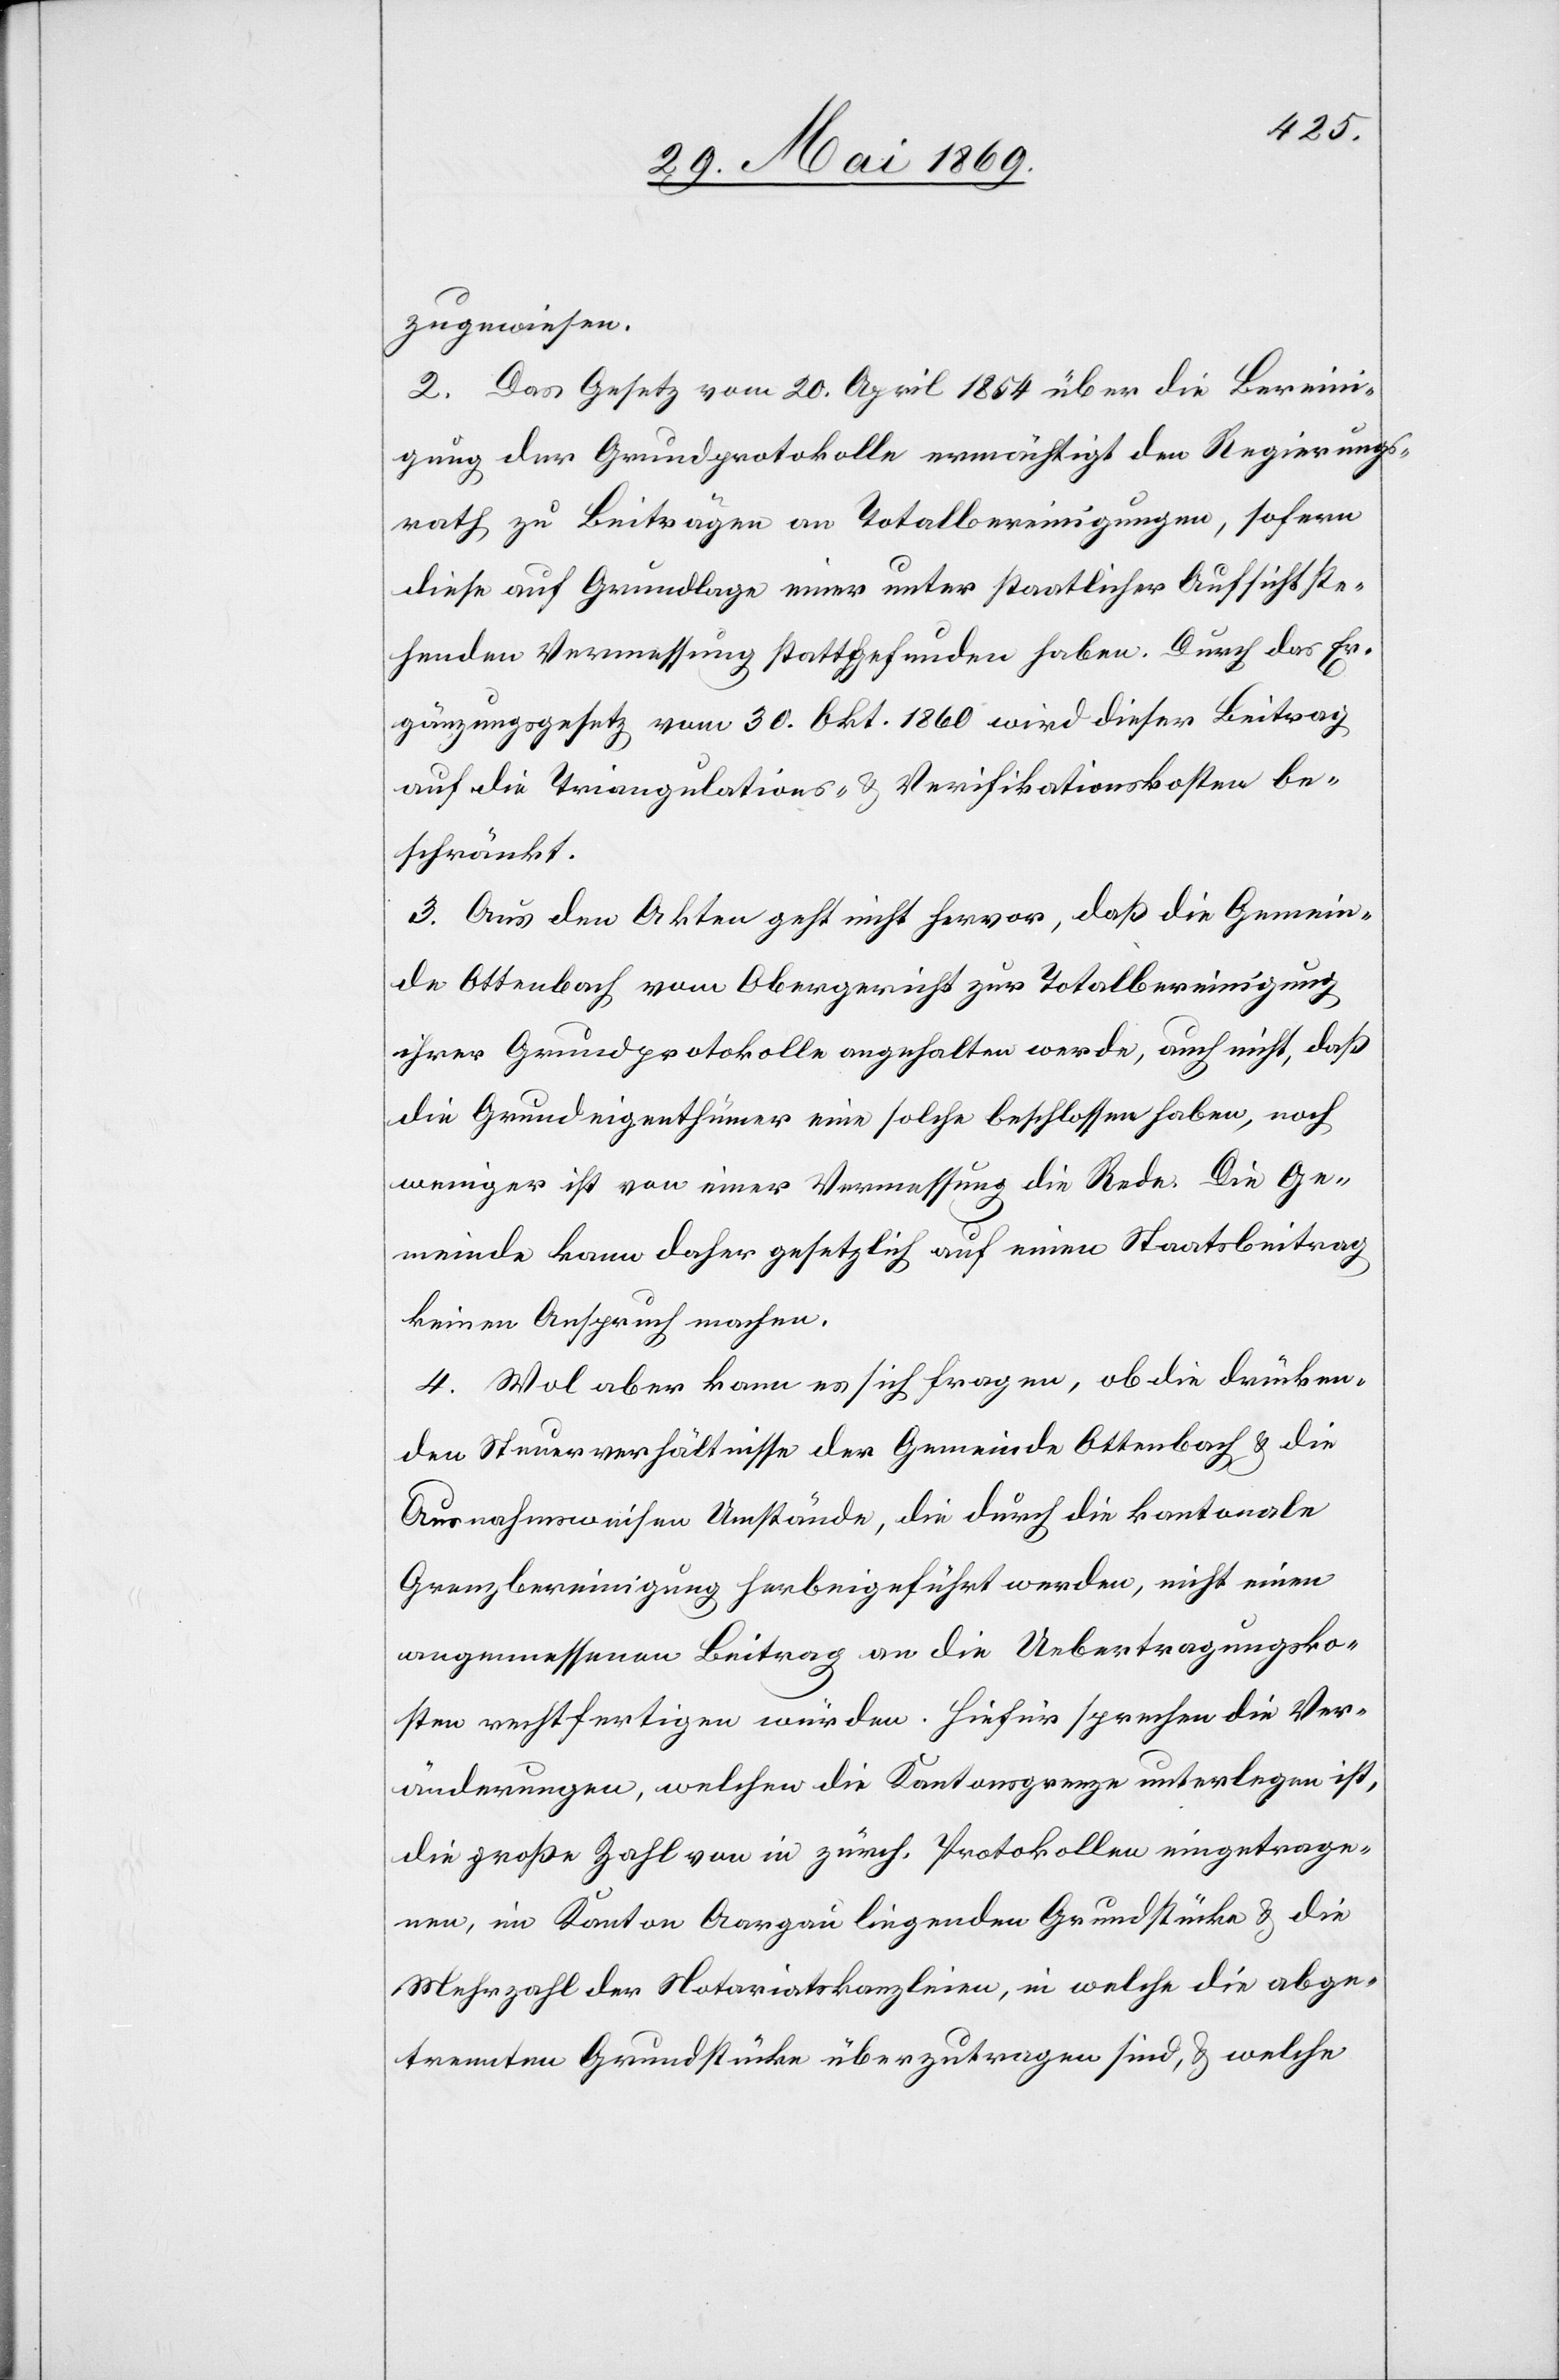
zugewiesen.
2. Das Gesetz vom 20. April 1854 über die Bereini¬
gung der Grundprotokolle ermächtigt den Regierungs¬
rath zu Beiträgen an Totalbereinigungen, sofern
diese auf Grundlage einer unter staatlicher Aufsicht ste¬
henden Vermessung stattgefunden haben. Durch das Er¬
gänzungsgesetz vom 30. Okt. 1860 wird dieser Beitrag
auf die Triangulations- u. Verifikationskosten be¬
schränkt.
3. Aus den Akten geht nicht hervor, daß die Gemein¬
de Ottenbach vom Obergericht zur Totalbereinigung
ihrer Grundprotokolle angehalten werde, auch nicht, daß
die Grundeigenthümer eine solche beschlossen haben, noch
weniger ist von einer Vermessung die Rede. Die Ge¬
meinde kann daher gesetzlich auf einen Staatsbeitrag
keinen Anspruch machen.
4. Wol aber kann es sich fragen, ob die drücken¬
den Steuerverhältnisse der Gemeinde Ottenbach u. die
Ausnahmsweisen Umstände, die durch die kantonale
Grenzbereinigung herbeigeführt werden, nicht einen
angemessenen Beitrag an die Uebertragungsko¬
sten rechtfertigen würden. Hiefür sprechen die Ver¬
änderungen, welchen die Kantonsgrenze unterlegen ist,
die große Zahl von in zürch. Protokollen eingetrage¬
nen, im Kanton Aargau liegenden Grundstücke u. die
Mehrzahl der Notariatskanzleien, in welche die abge¬
trennten Grundstücke übertragen sind, u. welche